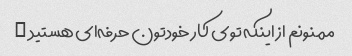
ممنونم از اینکه توی کار خودتون حرفه‌ای هستید …